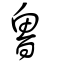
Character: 魯